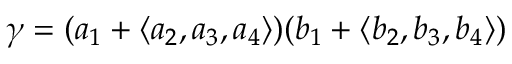
\gamma = ( a _ { 1 } + \langle a _ { 2 } , a _ { 3 } , a _ { 4 } \rangle ) ( b _ { 1 } + \langle b _ { 2 } , b _ { 3 } , b _ { 4 } \rangle )